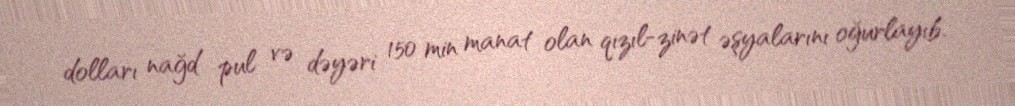
dolları nağd pul və dəyəri 150 min manat olan qızıl-zinət əşyalarını oğurlayıb.